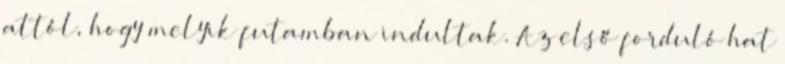
attól, hogy melyik futamban indultak. Az első forduló hat